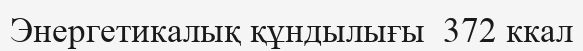
Энергетикалық құндылығы  372 ккал